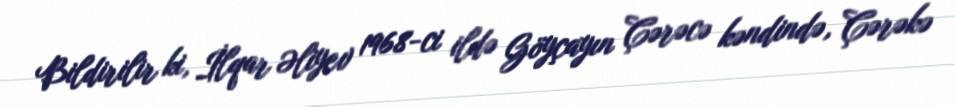
Bildirilir ki, İlqar Əliyev 1968-ci ildə Göyçayın Çərəcə kəndində, Çərəkə